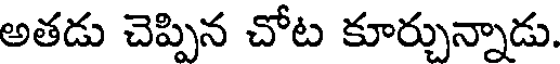
అతడు చెప్పిన చోట కూర్చున్నాడు.